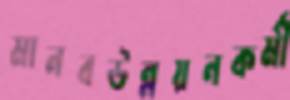
মানবউন্নয়নকর্মী